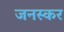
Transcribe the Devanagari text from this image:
जनस्‍कर